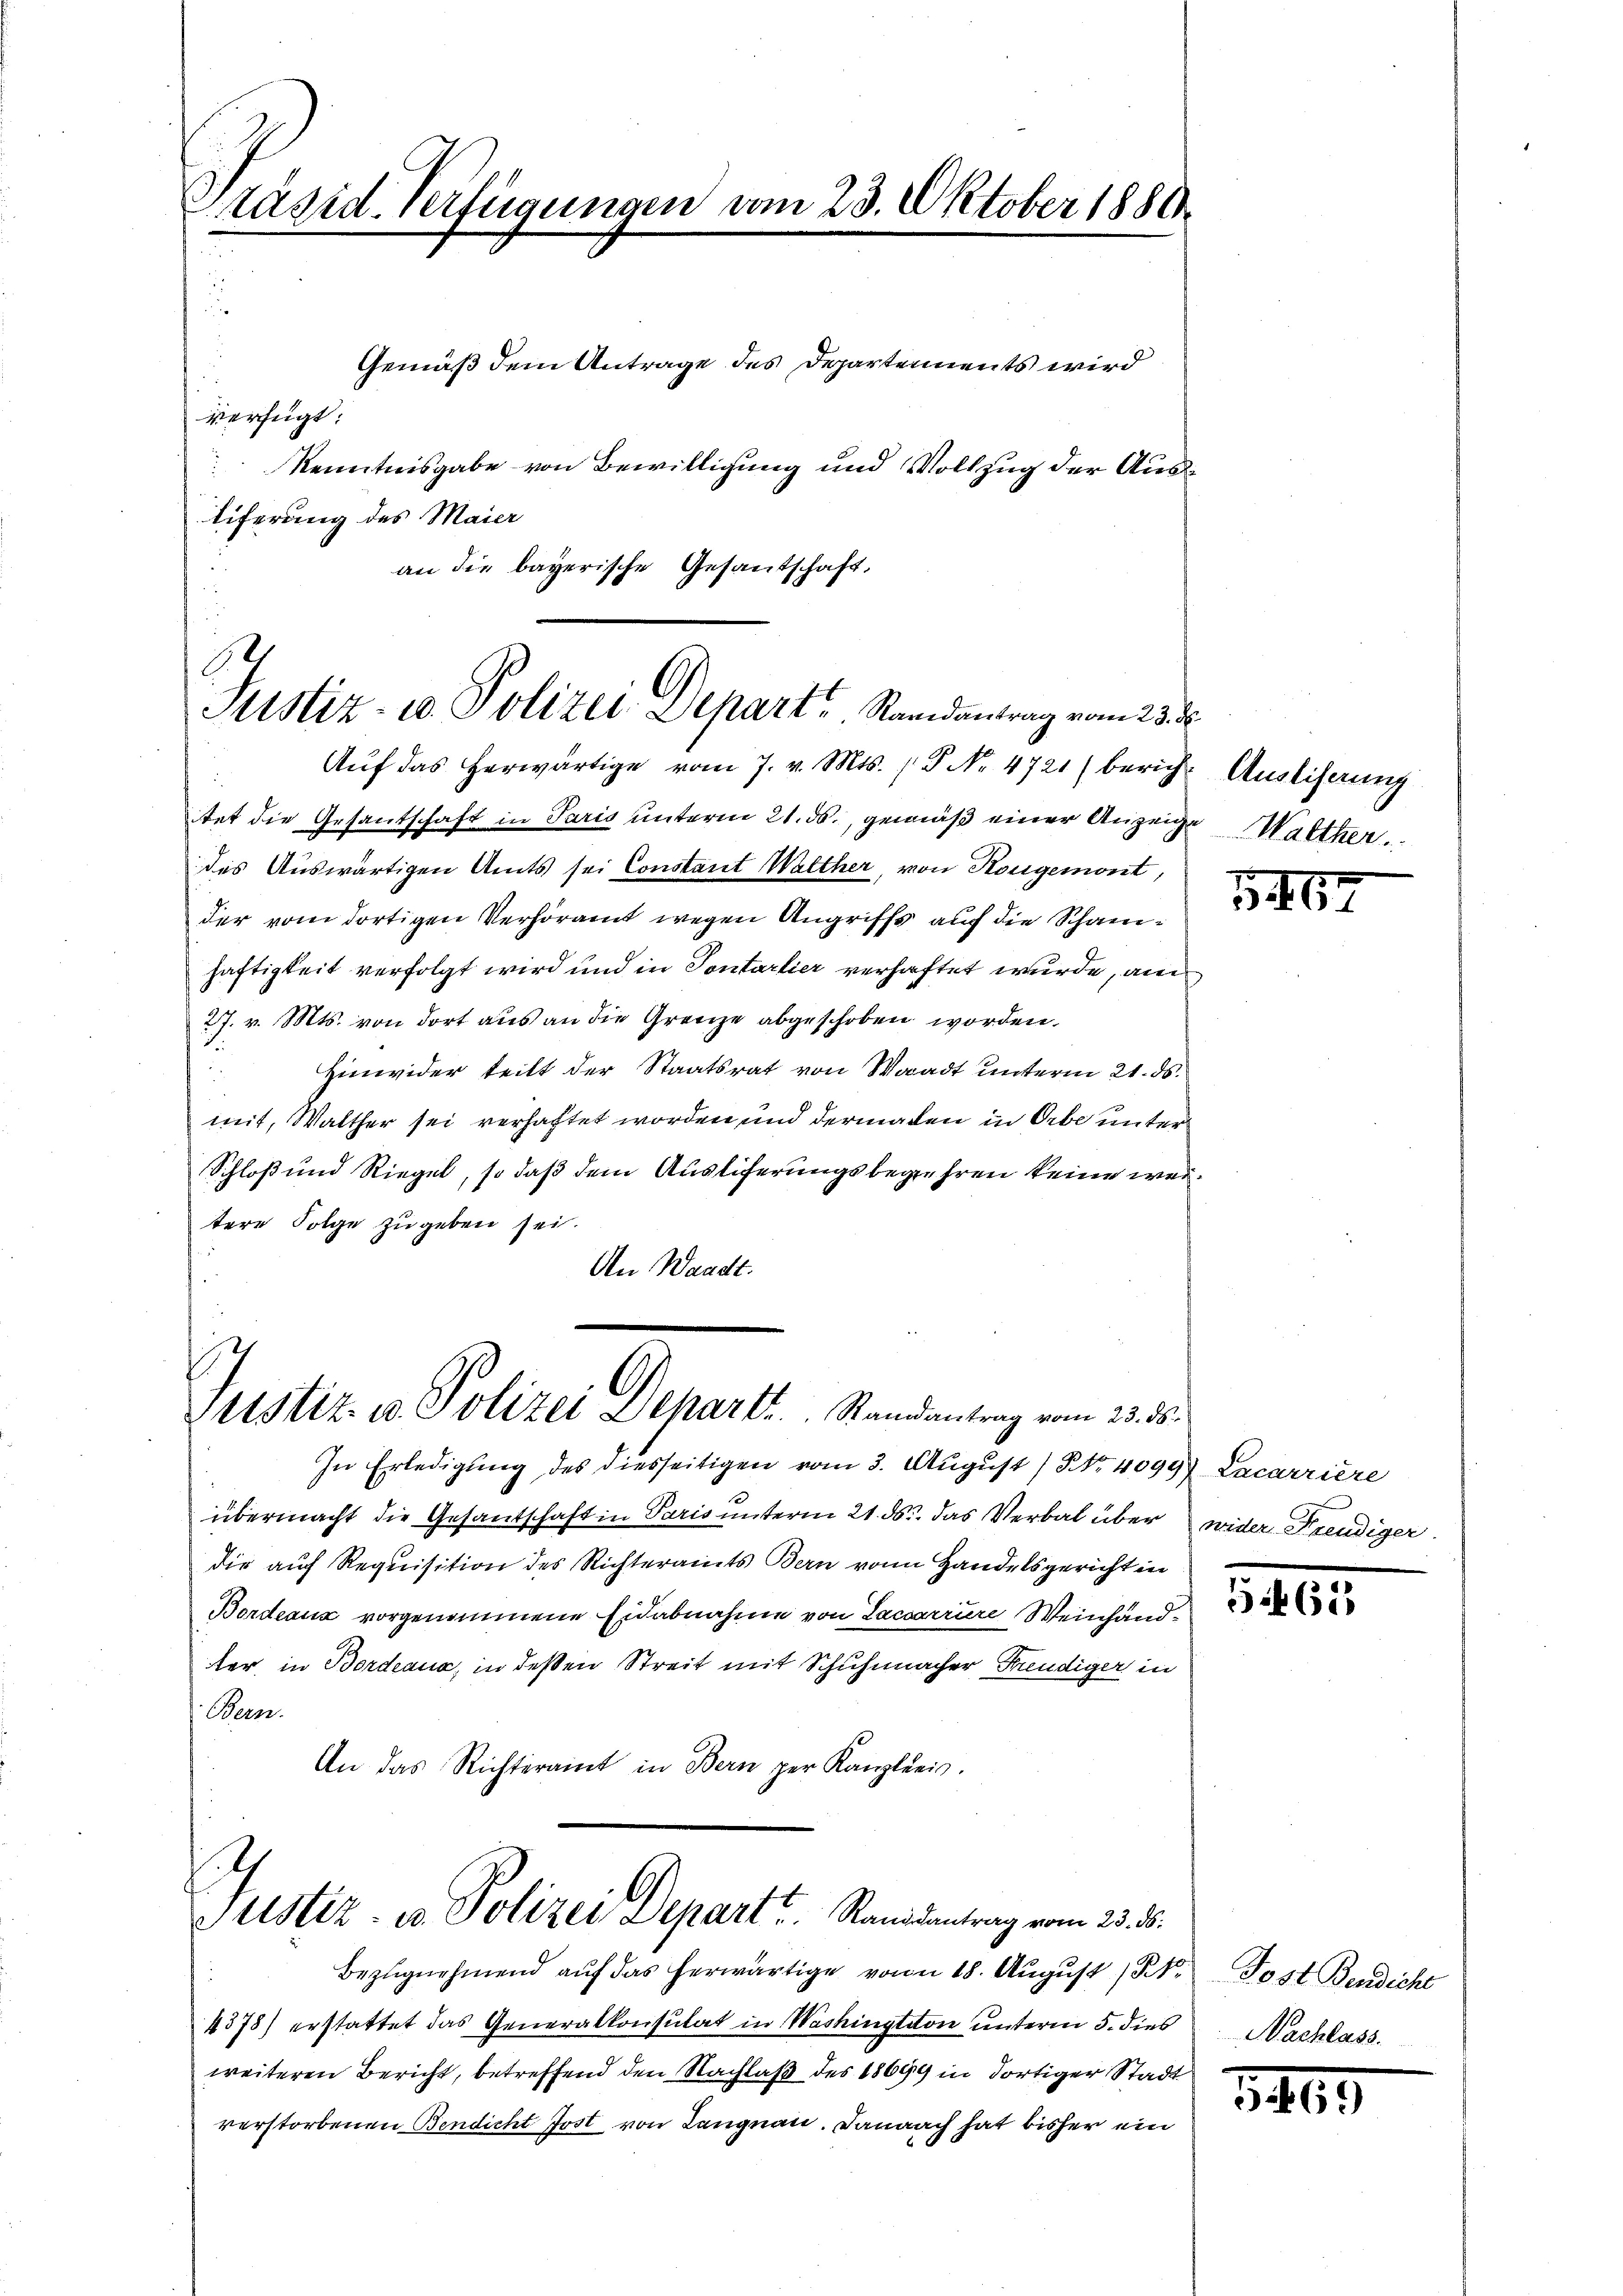
Präsid. Verfügungen vom 23. Oktober 1881.

tet die Gesantschaft in Paris unterm 21. ds., gemäß einer Anzeige Walther
des Auswärtigen Amts sei Constant Walther, von Rougemont,
der vom dortigen Verhöramt wegen Angriffs auf die Schanhaftigkeit verfolgt wird und in Sontarlier verhaftet wurde, am
27. v. Mts. von dort aus an die Grenze abgeschoben worden.
 Hinwider teilt der Staatsrat von Waadt unterm 21. ds.
mit, Walther sei verhaftet worden und dermalen in Orbe unter
Schloß und Riegel, so daß dem Austiferungsbegehren keine weitere Folge zu geben sei.
An Waadt.

Gemäß dem Antrage des Departements wird
verfügt:
Kenntnisgabe von Bewilligung und Vollzug der Austiferung des Maier
an die bayerische Gesantschaft,

Justiz- u. Polizei Depart Randantrag vom 23. d.
Aŭf das herwärtige vom 7. v. Mts. S. Nr. 4721) bericht Ausliserung

ustiz- u. Polizei Departi.  .  Randantrag vom 23. ds.

In Erledigung des diesseitigen vom 3. August / No. 4099) Lncarriere
übermacht die Gesandschaft in Paris unterm 21. ds. das Verbal über wider Freudiger
die auf Requisition des Richteramts Bern von Handelsgericht in
Berdeaux vorgenommene Eidabnahme von Laccarrire Weinhand
ter, in Bordeaux, in deßen Streit mit Schuhmacher Freudiger in
Bern.
An das Richteramt in Bern per Kanzleis
.

Justiz- u. Polizei Depart Randantrag vom 23. d.

Bezugnehmend auf das herwärtige von 18. August 1
4378) erstattet das Generalkonsulat in Washingtiton unterm 5. dies
weiteren Bericht, betreffend den Nachlaß des 18699 in dortiger Stadt
verstorbenen Bendicht Jost von Langnau. Dannach hat bisher ein

5467

Tost Bendicht
Nachlass.

1469